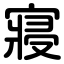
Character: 寢